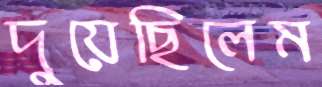
দুয়েছিলেম